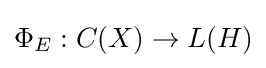
\Phi _{E}:C(X)\rightarrow L(H)